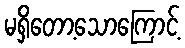
မရှိတော့သောကြောင့်